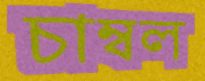
চাম্বল